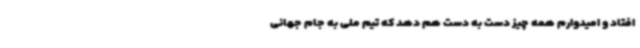
افتاد و امیدوارم همه چیز دست به دست هم دهد که تیم ملی به جام جهانی